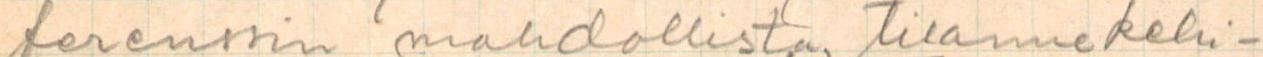
ferenssin mahdollista, tilanne kehi-